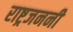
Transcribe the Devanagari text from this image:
राष्ट्रजननी